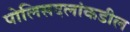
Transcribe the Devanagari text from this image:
पोलिसदलांकडील